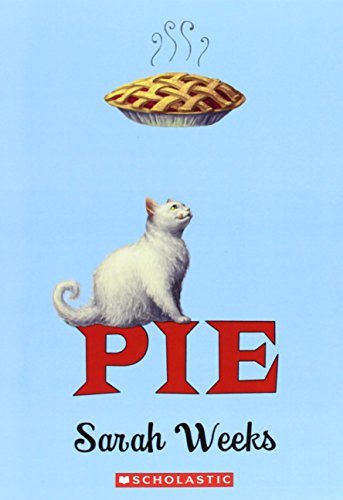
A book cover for Pie; Sarah Weeks; Children's Books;